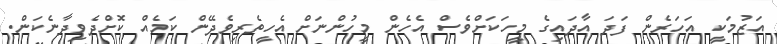
އަޒުމަކީ އަހަރެން ފަދަ އާދައިގެ މީހަކަށްވެސް އެހެން މީހުންނަށް އެހީތެރިވެދޭން ކަމެއް ކޮށްދެވިދާނެކަން.